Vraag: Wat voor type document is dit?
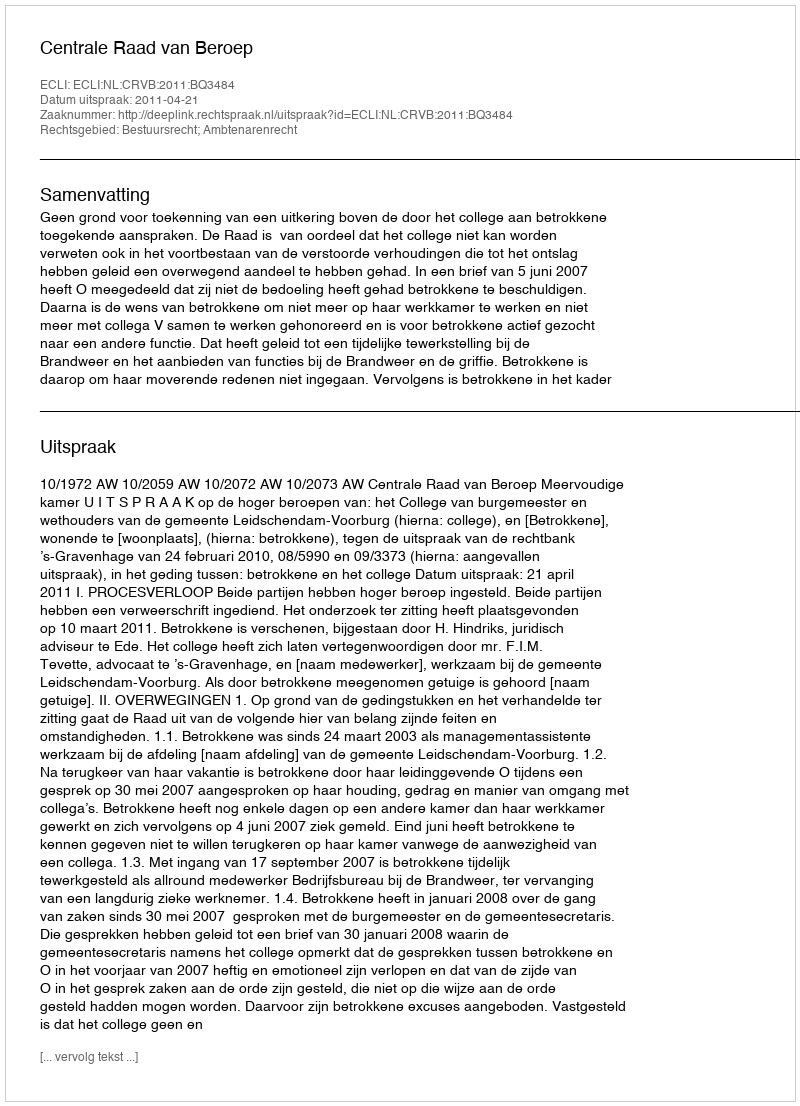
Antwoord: Uitspraak